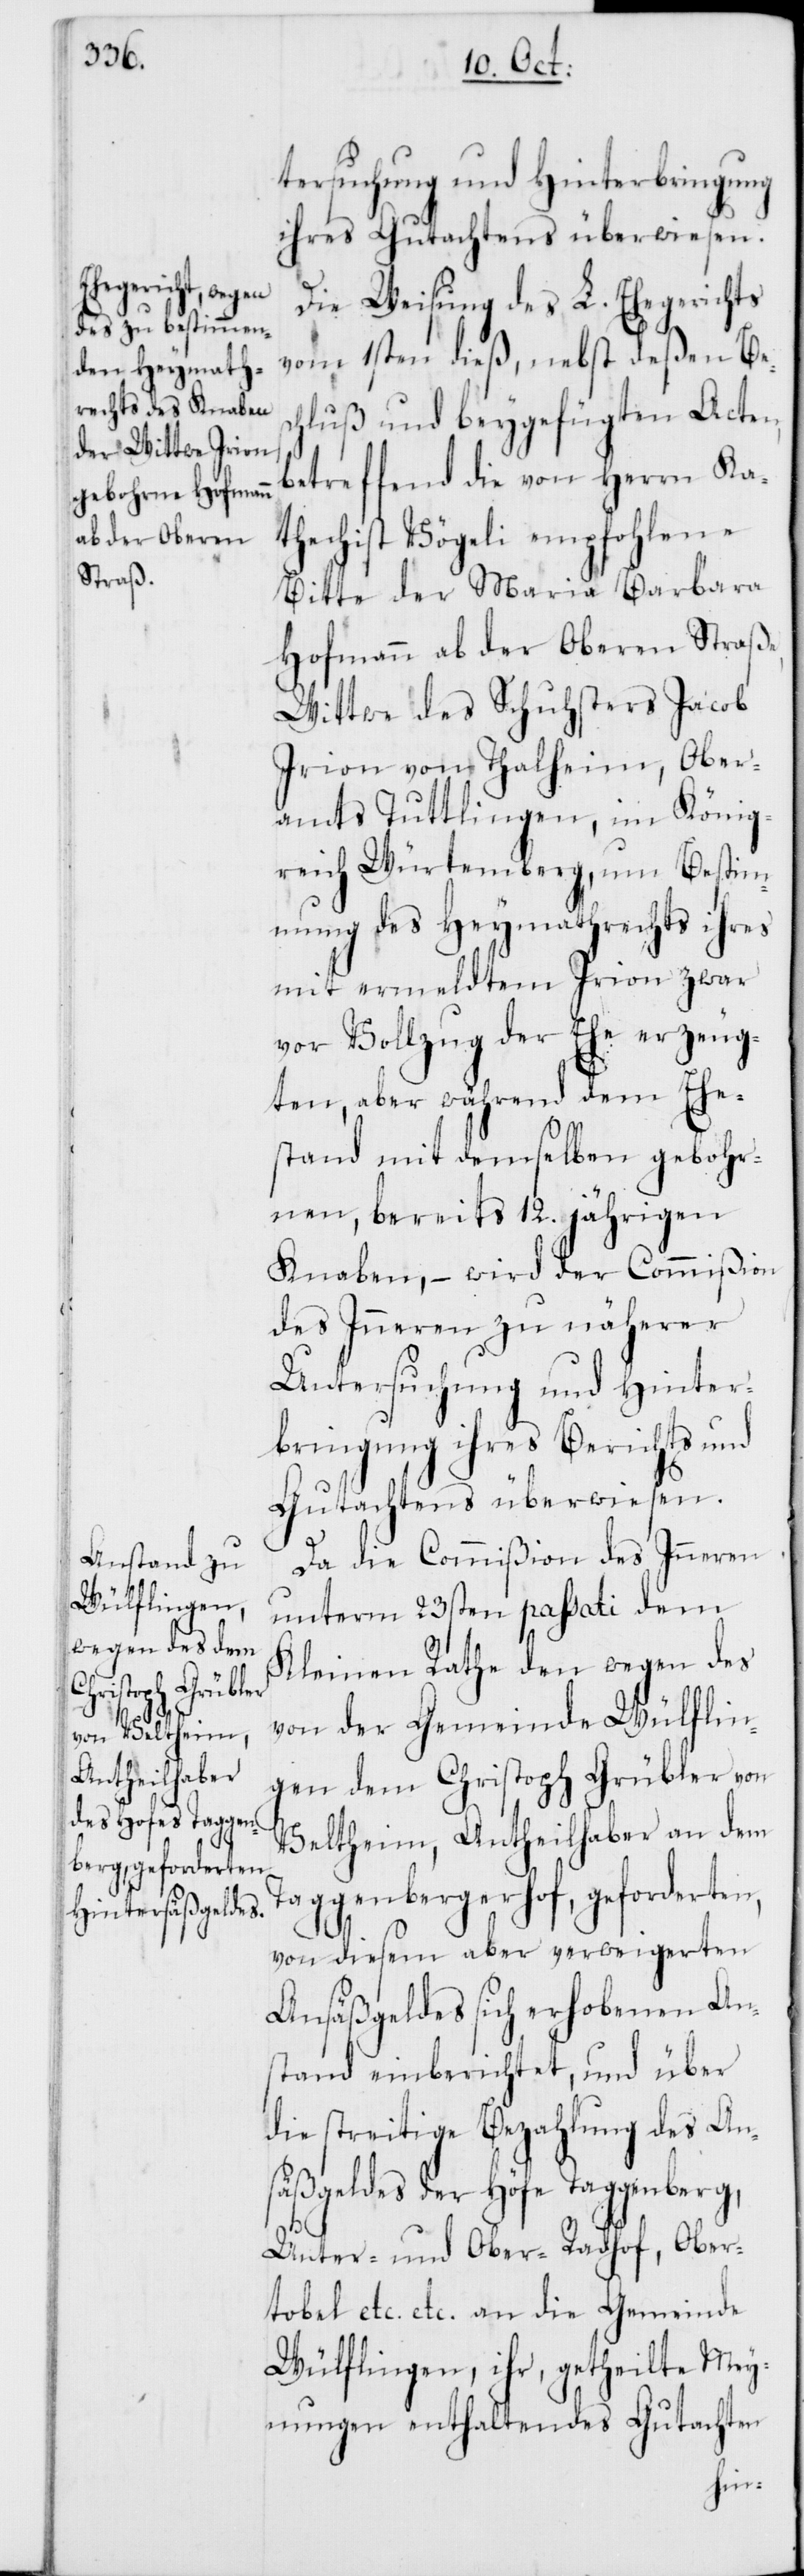
tersuchung und Hinterbringung
ihres Gutachtens überwiesen.
Die Weisung des L. Ehegerichts
vom 1sten dieß, nebst deßen Bes¬
chluß und beygefügten Acten,
betreffend die von Herrn Ka¬
thechist Vögeli empfohlene
Bitte der Maria Barbara
Hofmann ab der Oberen Straße,
Wittwe des Schuhsters Jacob
Irion von Thalheim, Ober¬
amts Tuttlingen im König¬
reich Würtemberg, um Bestim¬
mung des Heymathrechts ihres
mit ermeldtem Irion zwar
vor Vollzug der Ehe erzeug¬
ten, aber während dem Ehe¬
stand mit demselben gebohr¬
nen, bereits 12. jährigen
Knaben, – wird der Commißion
des Inneren zu näherer
Untersuchung und Hinter¬
bringung ihres Berichts und
Gutachtens überwiesen.
Da die Commißion des Inneren,
unterm 23sten passati dem
Kleinen Rathe den wegen des
von der Gemeinde Wülflin¬
gen dem Christoph Grübler von
Veltheim, Antheilhaber an dem
Taggenbergerhof, geforderten,
von diesem aber verweigereten
Ansäßengeldes sich erhobenen An¬
stand einberichtet, und über
die streitige Bezahlung des An¬
säßgeldes der Höfe Taggenberg,
Unter- und Ober-Radhof, Ober¬
tobel etc. etc. an die Gemeinde
Wülflingen, ihr, getheilte Mey¬
nungen enthaltendes Gutachten